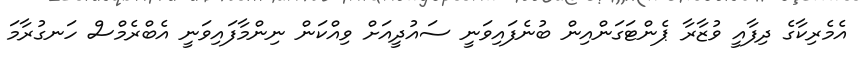
އެމެރިކާގެ ދިފާއީ ވުޒާރާ ޕެންޓަގަންއިން ބުނެފައިވަނީ ސައުދީއަށް ވިއްކަން ނިންމާފައިވަނީ އެބްރެމްސް ހަނގުރާމަ